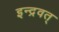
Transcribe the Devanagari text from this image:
इन्द्रवत्